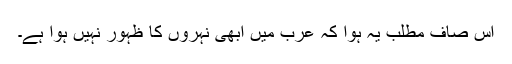
اس صاف مطلب یہ ہوا کہ عرب میں ابھی نہروں کا ظہور نہیں ہوا ہے۔